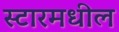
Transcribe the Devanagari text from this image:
स्टारमधील